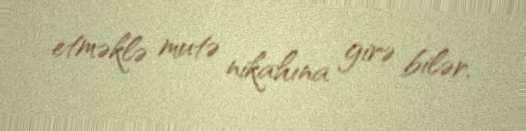
etməklə mutə nikahına girə bilər.